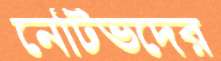
নেটিভদের